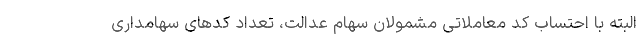
البته با احتساب کد معاملاتی مشمولان سهام عدالت، تعداد کدهای سهامداری